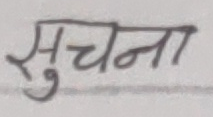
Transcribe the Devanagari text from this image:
सुचना